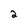
Character: 2